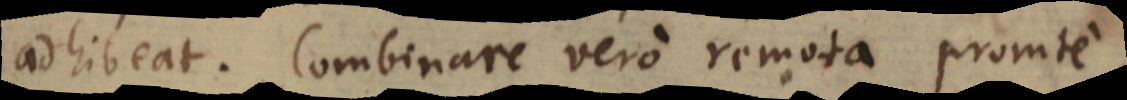
adhibeat. Combinare vero remota promte,